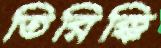
তিরিক্কি